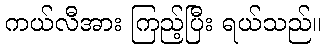
ကယ်လီအား ကြည့်ပြီး ရယ်သည်။